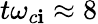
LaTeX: t\omega_{c\mathbf{i}}\approx8